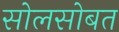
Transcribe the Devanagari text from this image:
सोलसोबत